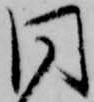
同